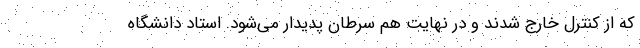
که از کنترل خارج شدند و در نهایت هم سرطان پدیدار می‌شود. استاد دانشگاه